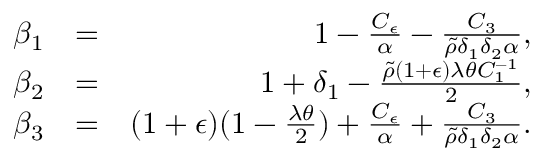
\begin{array} { r l r } { \beta _ { 1 } } & { = } & { 1 - \frac { C _ { \epsilon } } { \alpha } - \frac { C _ { 3 } } { \widetilde { \rho } \delta _ { 1 } \delta _ { 2 } \alpha } , } \\ { \beta _ { 2 } } & { = } & { 1 + \delta _ { 1 } - \frac { \widetilde { \rho } ( 1 + \epsilon ) \lambda \theta C _ { 1 } ^ { - 1 } } { 2 } , } \\ { \beta _ { 3 } } & { = } & { ( 1 + \epsilon ) ( 1 - \frac { \lambda \theta } { 2 } ) + \frac { C _ { \epsilon } } { \alpha } + \frac { C _ { 3 } } { \widetilde { \rho } \delta _ { 1 } \delta _ { 2 } \alpha } . } \end{array}